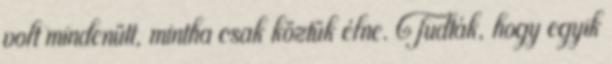
volt mindenütt, mintha csak köztük élne. Tudták, hogy egyik